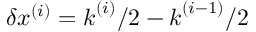
\delta \boldsymbol { x } ^ { ( i ) } = \boldsymbol { k } ^ { ( i ) } / 2 - \boldsymbol { k } ^ { ( i - 1 ) } / 2